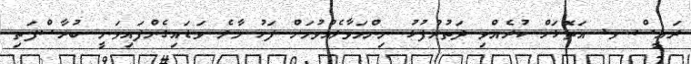
ރައީސް ވ. އަތޮޅަށް ކުރެއްވި ދަތުރުފުޅު ނިންމަވާލެއްވުމަށް ފަހު މާލެ ވަޑައިގެންފައިވަނީ ބުރާސްފަތި